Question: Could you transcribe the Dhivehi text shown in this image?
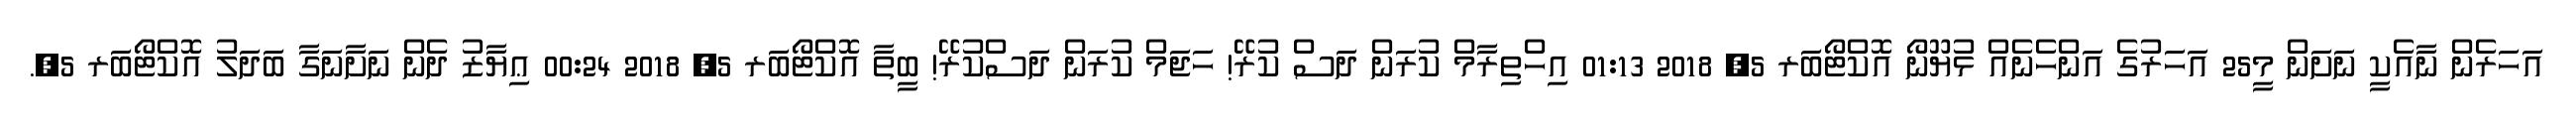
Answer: އަހަރެން ނާއެކީ ނަށަން މީ25 އަހަރުގެ އަންހެނެއް ޅުޔޫނޯ އޮކްޓޯބަރ 5, 2018 01:13 އިހްތިރާމް ކުރަން ދަސް ކުރޭ! ހަޖަމް ކުރަން ދަސްކުރޭ! ބީތާ އޮކްޓޯބަރ 5, 2018 00:24 ޢިޔާޒު ދެން ނަށާނަގާ ބަދަލު އޮކްޓޯބަރ 5,.